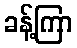
ခန့်ကြာ